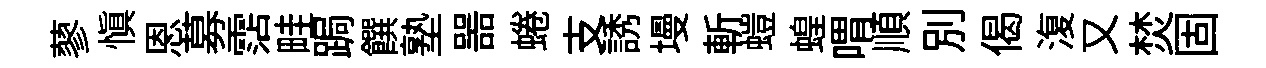
蓼慎恩募霑畦跼饌塾噐蜷支誘墁斬螘蝗喟順別偈𣸪又焚固